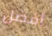
أفضل